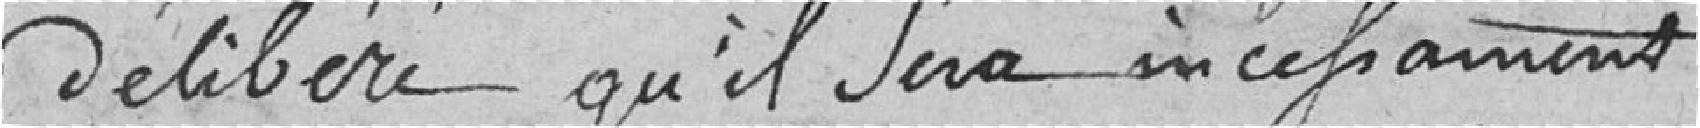
délibérer qu'il sera incessamment